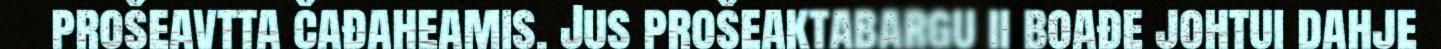
prošeavtta čađaheamis. Jus prošeaktabargu ii boađe johtui dahje